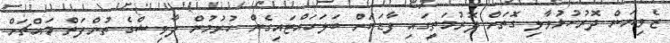
ޒެވިޔަން ދޮރުހުޅުވާލި ގޮތަށް ދޮރުމަތީގައި ފާޑަކަށް ބަލަހައްޓައިގެން ހުރުމުން ދާވިޝްގެ ތުންފަތް މައްޗަށް